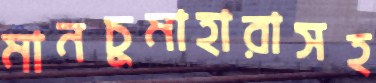
মানচুমাহারাসহ